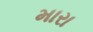
મારા